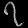
Digit: ၇